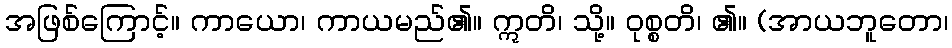
အဖြစ်ကြောင့်။ ကာယော၊ ကာယမည်၏။ ဣတိ၊ သို့။ ဝုစ္စတိ၊ ၏။ (အာယဘူတော၊